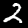
Label: 2